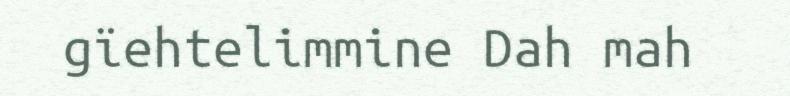
gïehtelimmine Dah mah